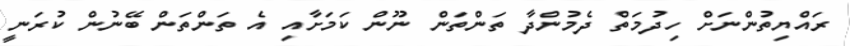
ރައްޔިތުންނަށް ހިދުމަތް ދެމުންދާ ތަންތަން ނޫން ކަމަށާއި އެ ތަންތަން ބޭނުން ކުރަނީ